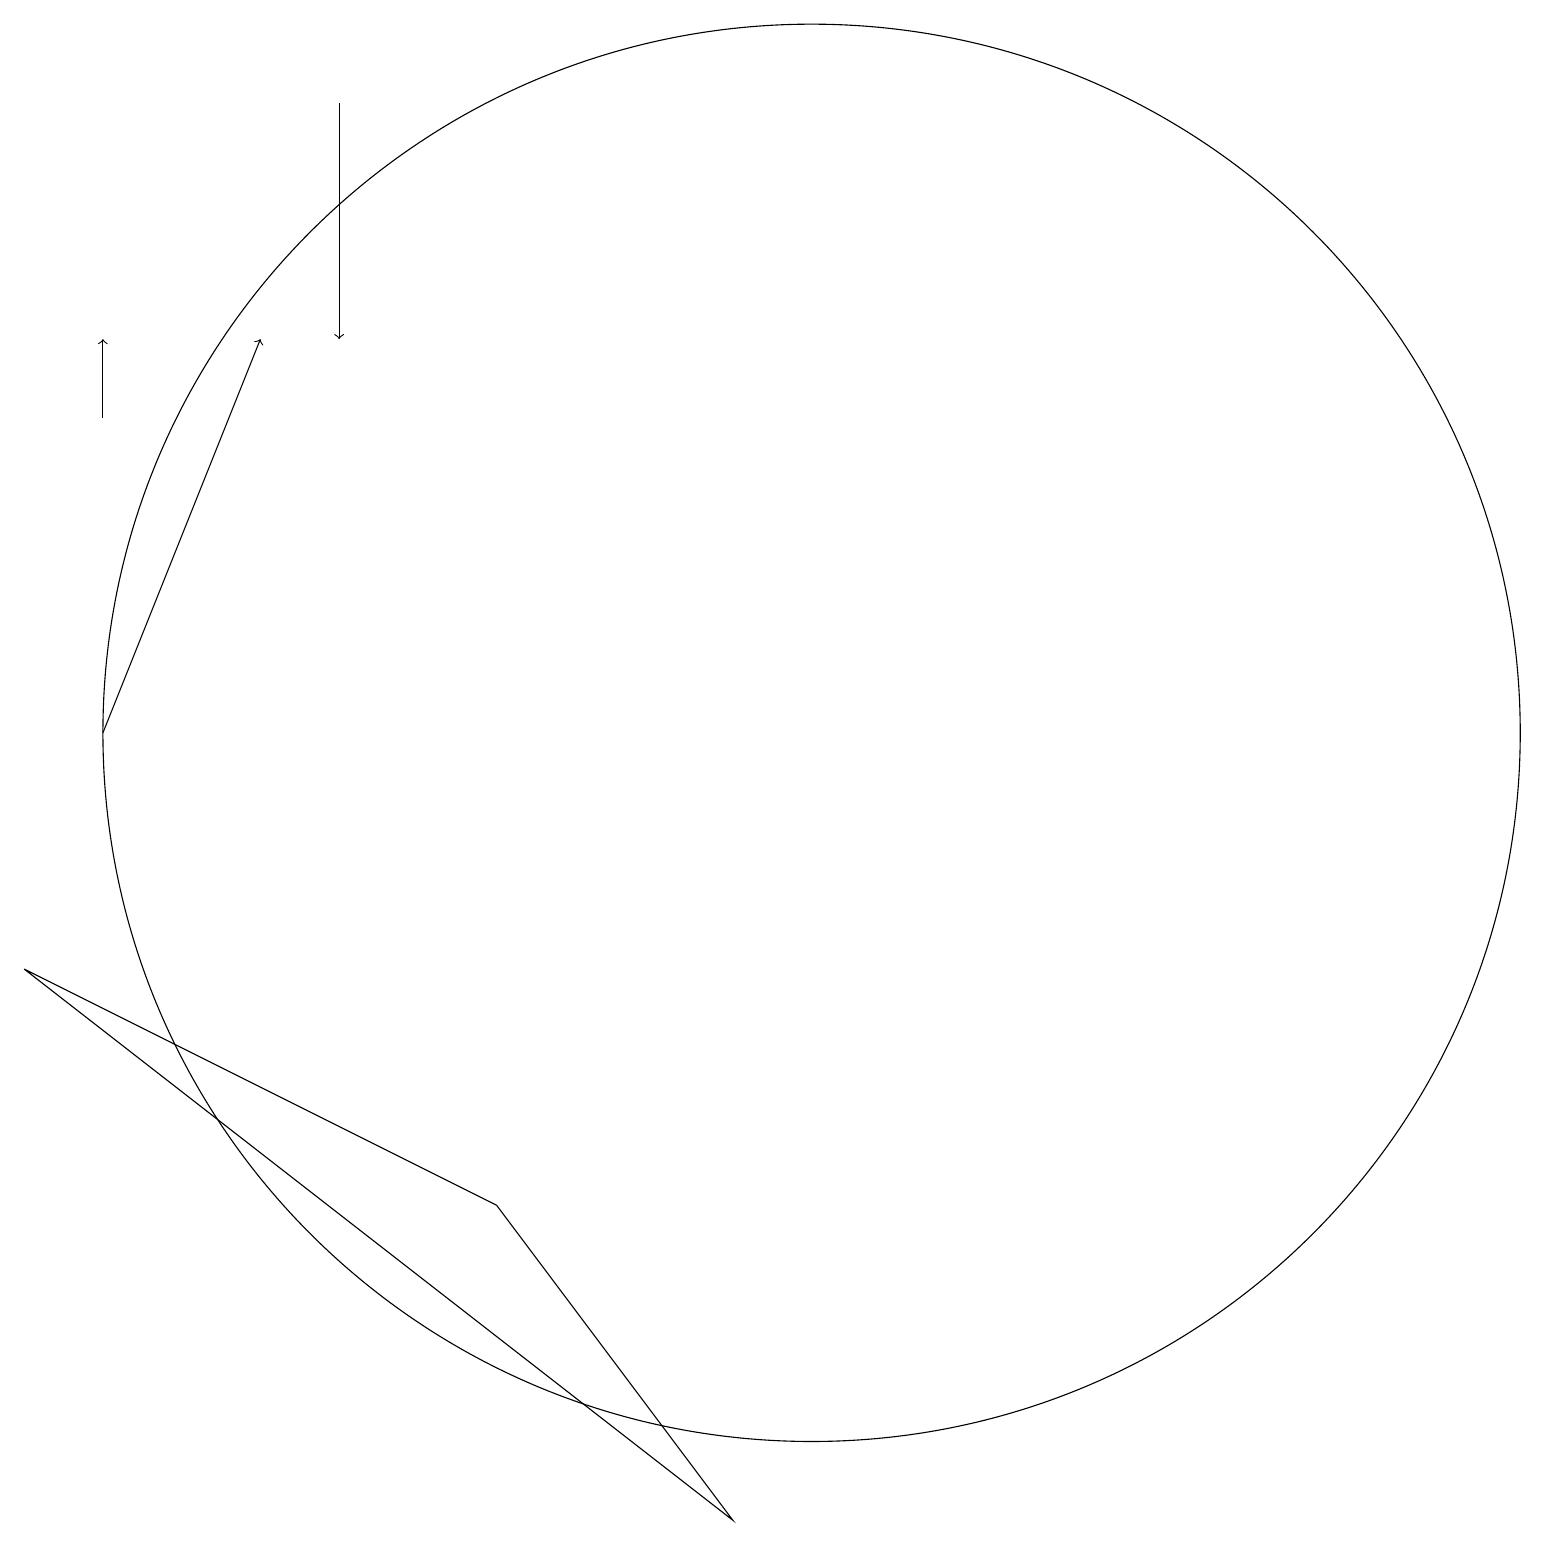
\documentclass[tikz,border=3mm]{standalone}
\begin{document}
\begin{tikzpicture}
\draw[->] (1,14) -- (1,15);
\draw (6,4) -- (0,7) -- (9,0) -- cycle;
\draw[->] (4,18) -- (4,15);
\draw (10,10) circle (9);
\draw[->] (1,10) -- (3,15);
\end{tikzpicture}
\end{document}